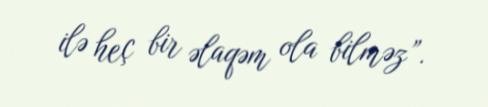
ilə heç bir əlaqəm ola bilməz”.